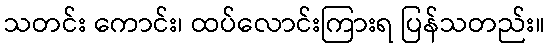
သတင်း ကောင်း၊ ထပ်လောင်းကြားရ ပြန်သတည်း။